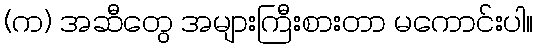
(က) အဆီတွေ အများကြီးစားတာ မကောင်းပါ။